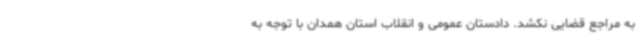
به مراجع قضایی نکشد. دادستان عمومی و انقلاب استان همدان با توجه به